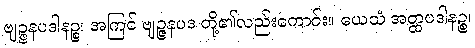
ဗျဉ္ဇနပဒါနဉ္စ၊ အကြင် ဗျဉ္ဇနပဒ တို့၏လည်းကောင်း။ ယေသံ အတ္ထပဒါနဉ္စ၊